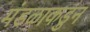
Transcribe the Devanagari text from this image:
मंडळाकडुन